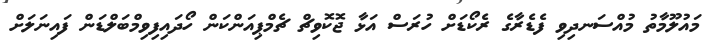
މައުލޫމާތު މުއްސަނދިވި ފެޑެރާގެ ރެކޯޑަށް ހުރަސް އަޅާ ޖޮކޮވިޗް ޗެމްޕިއަންކަން ހޯދައިފިވިމްބަލްޑަން ފައިނަލަށް